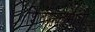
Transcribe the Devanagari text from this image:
शिवणकामाची